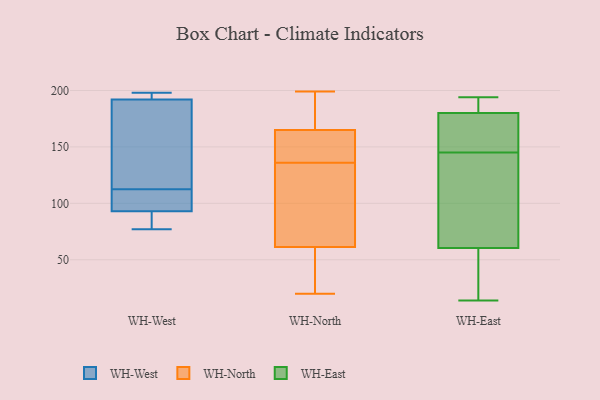
{"axis": {"x": "Bounce Rate (%)", "y": "Value"}, "legend": ["WH-East", "WH-North", "WH-West"], "data": [{"x": "", "y": 147, "type": "WH-West"}, {"x": "", "y": 105, "type": "WH-West"}, {"x": "", "y": 82, "type": "WH-West"}, {"x": "", "y": 198, "type": "WH-West"}, {"x": "", "y": 196, "type": "WH-West"}, {"x": "", "y": 99, "type": "WH-West"}, {"x": "", "y": 120, "type": "WH-West"}, {"x": "", "y": 77, "type": "WH-West"}, {"x": "", "y": 93, "type": "WH-West"}, {"x": "", "y": 192, "type": "WH-West"}, {"x": "", "y": 174, "type": "WH-North"}, {"x": "", "y": 162, "type": "WH-North"}, {"x": "", "y": 20, "type": "WH-North"}, {"x": "", "y": 136, "type": "WH-North"}, {"x": "", "y": 55, "type": "WH-North"}, {"x": "", "y": 56, "type": "WH-North"}, {"x": "", "y": 149, "type": "WH-North"}, {"x": "", "y": 94, "type": "WH-North"}, {"x": "", "y": 199, "type": "WH-North"}, {"x": "", "y": 188, "type": "WH-North"}, {"x": "", "y": 154, "type": "WH-North"}, {"x": "", "y": 101, "type": "WH-North"}, {"x": "", "y": 63, "type": "WH-North"}, {"x": "", "y": 194, "type": "WH-East"}, {"x": "", "y": 148, "type": "WH-East"}, {"x": "", "y": 191, "type": "WH-East"}, {"x": "", "y": 49, "type": "WH-East"}, {"x": "", "y": 159, "type": "WH-East"}, {"x": "", "y": 120, "type": "WH-East"}, {"x": "", "y": 178, "type": "WH-East"}, {"x": "", "y": 182, "type": "WH-East"}, {"x": "", "y": 142, "type": "WH-East"}, {"x": "", "y": 47, "type": "WH-East"}, {"x": "", "y": 72, "type": "WH-East"}, {"x": "", "y": 162, "type": "WH-East"}, {"x": "", "y": 47, "type": "WH-East"}, {"x": "", "y": 14, "type": "WH-East"}, {"x": "", "y": 131, "type": "WH-East"}, {"x": "", "y": 189, "type": "WH-East"}]}